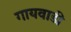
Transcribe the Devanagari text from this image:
गायवाडी